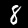
Digit: 8